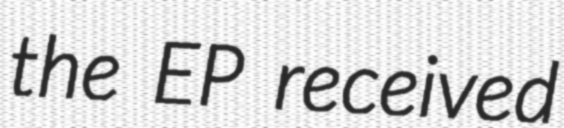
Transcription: the EP received